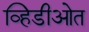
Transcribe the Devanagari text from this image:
व्हिडीओत